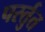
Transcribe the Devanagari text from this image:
पर्स्तुत